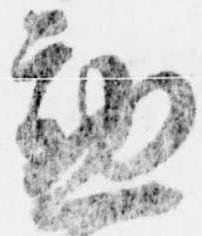
懃